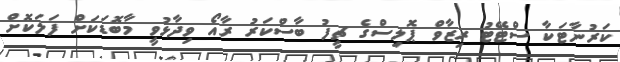
ކަރުނާޓަކާ ސްޓޭޓު ރިޒާވް ޕޮލިސްގެ ޗީފު ބާސްކަރު ރާއޯ ވިދާޅުވީ މާބޮޑަކަށް ފަލަކޮށް